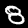
Label: 8